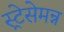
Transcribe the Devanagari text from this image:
स्ट्रेसेमन्न